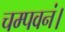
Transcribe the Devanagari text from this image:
चम्पवनं।